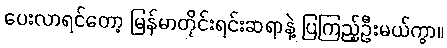
ပေးလာရင်တော့ မြန်မာတိုင်းရင်းဆရာနဲ့ ပြကြည့်ဦးမယ်ကွာ။